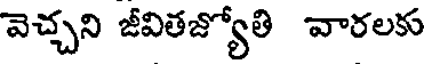
వెచ్చని జీవితజ్యోతి వారలకు